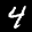
Label: 4